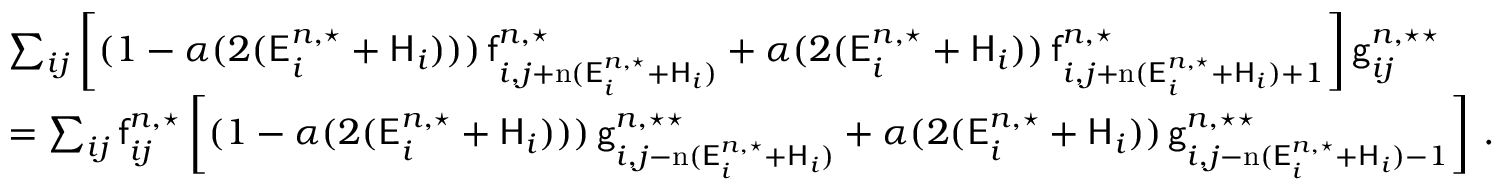
\begin{array} { r l } & { \sum _ { i j } \left[ ( 1 - \alpha ( 2 ( \mathsf { E } _ { i } ^ { n , \star } + \mathsf { H } _ { i } ) ) ) \, \mathsf { f } _ { i , j + \mathrm { n } ( \mathsf { E } _ { i } ^ { n , \star } + \mathsf { H } _ { i } ) } ^ { n , \star } + \alpha ( 2 ( \mathsf { E } _ { i } ^ { n , \star } + \mathsf { H } _ { i } ) ) \, \mathsf { f } _ { i , j + \mathrm { n } ( \mathsf { E } _ { i } ^ { n , \star } + \mathsf { H } _ { i } ) + 1 } ^ { n , \star } \right] \mathsf { g } _ { i j } ^ { n , \star \star } } \\ & { = \sum _ { i j } \mathsf { f } _ { i j } ^ { n , \star } \left[ ( 1 - \alpha ( 2 ( \mathsf { E } _ { i } ^ { n , \star } + \mathsf { H } _ { i } ) ) ) \, \mathsf { g } _ { i , j - \mathrm { n } ( \mathsf { E } _ { i } ^ { n , \star } + \mathsf { H } _ { i } ) } ^ { n , \star \star } + \alpha ( 2 ( \mathsf { E } _ { i } ^ { n , \star } + \mathsf { H } _ { i } ) ) \, \mathsf { g } _ { i , j - \mathrm { n } ( \mathsf { E } _ { i } ^ { n , \star } + \mathsf { H } _ { i } ) - 1 } ^ { n , \star \star } \right] \, . } \end{array}